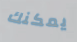
يمكنك